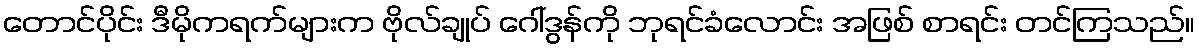
တောင်ပိုင်း ဒီမိုကရက်များက ဗိုလ်ချုပ် ဂေါ်ဒွန်ကို ဘုရင်ခံလောင်း အဖြစ် စာရင်း တင်ကြသည်။